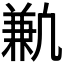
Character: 𫥣